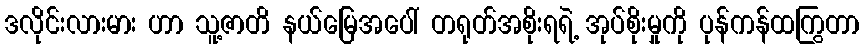
ဒလိုင်းလားမား ဟာ သူ့ဇာတိ နယ်မြေအပေါ် တရုတ်အစိုးရရဲ့ အုပ်စိုးမှုကို ပုန်ကန်ထကြွတာ